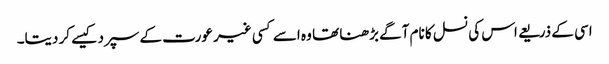
اسی کے ذریعے اس کی نسل کا نام آگے بڑھنا تھا وہ اسے کسی غیر عورت کے سپرد کیسے کر دیتا۔